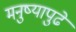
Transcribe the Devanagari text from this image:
मनुष्यापुढें